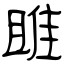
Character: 雎